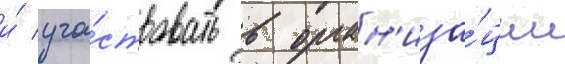
и́ уча́ствовать в орган'иза́ции